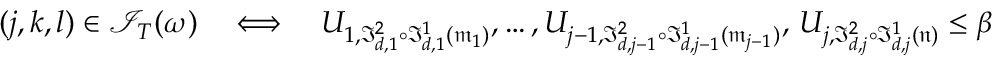
( j , k , l ) \in \mathcal { I } _ { T } ( \omega ) \quad \Longleftrightarrow \quad U _ { 1 , \mathfrak I _ { d , 1 } ^ { 2 } \circ \mathfrak I _ { d , 1 } ^ { 1 } ( \mathfrak m _ { 1 } ) } , \dots , U _ { j - 1 , \mathfrak I _ { d , j - 1 } ^ { 2 } \circ \mathfrak I _ { d , j - 1 } ^ { 1 } ( \mathfrak m _ { j - 1 } ) } , \, U _ { j , \mathfrak I _ { d , j } ^ { 2 } \circ \mathfrak I _ { d , j } ^ { 1 } ( \mathfrak n ) } \le \beta